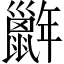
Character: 𢆭